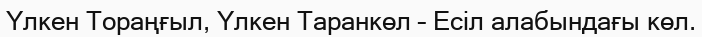
Үлкен Тораңғыл, Үлкен Таранкөл – Есіл алабындағы көл.